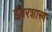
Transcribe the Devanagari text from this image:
ईश्वरशास्त्र